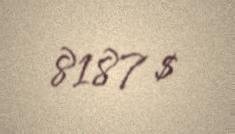
8187 $